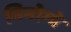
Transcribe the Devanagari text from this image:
मिनोग्वे